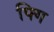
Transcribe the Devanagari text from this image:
फ्गि